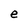
Character: e